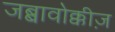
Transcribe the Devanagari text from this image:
जब्बावोक्कीज़